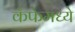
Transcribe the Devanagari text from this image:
कॅफेमध्ये